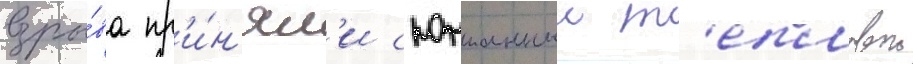
взры́ва пр'и́н'ял'и спонтанныи т'епловои